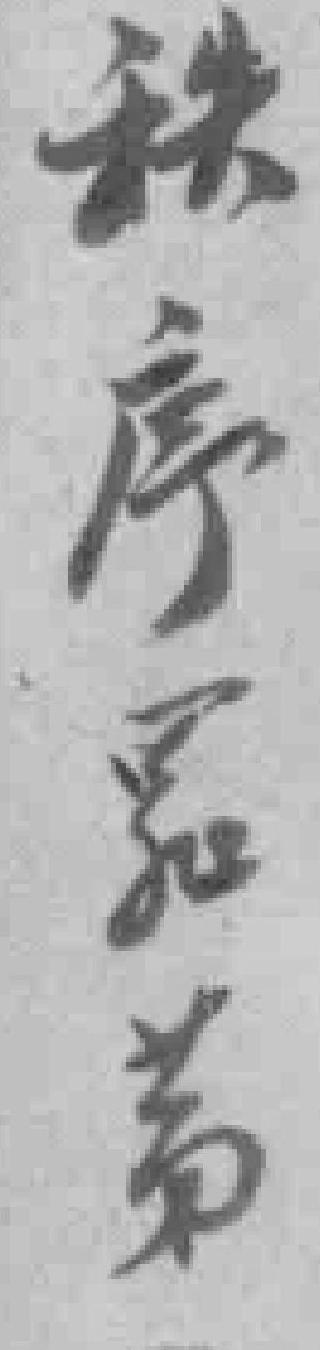
秩序罪苐